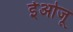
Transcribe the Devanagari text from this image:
ईओजू